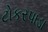
ટોકરપાડા